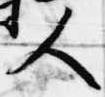
人